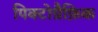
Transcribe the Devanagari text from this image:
पिक्टोग्रैफ़िक